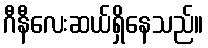
ဂီနီလေးဆယ်ရှိနေသည်။